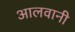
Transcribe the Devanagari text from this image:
आलवानी